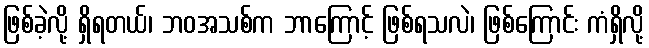
ဖြစ်ခဲ့လို့ ရှိရတယ်၊ ဘဝအသစ်က ဘာကြောင့် ဖြစ်ရသလဲ၊ ဖြစ်ကြောင်း ကံရှိလို့